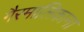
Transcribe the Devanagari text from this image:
गैरमालिकाना